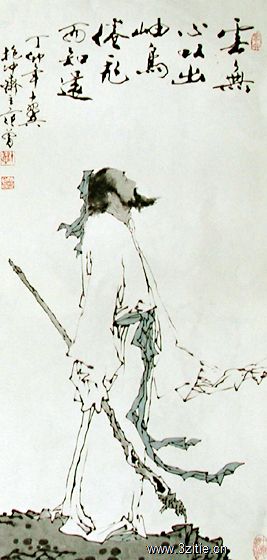
云无心以出岫，鸟倦飞而知还。